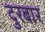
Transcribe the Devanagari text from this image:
दुरबार